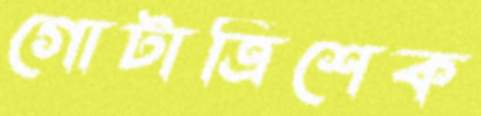
গোটাত্রিশেক